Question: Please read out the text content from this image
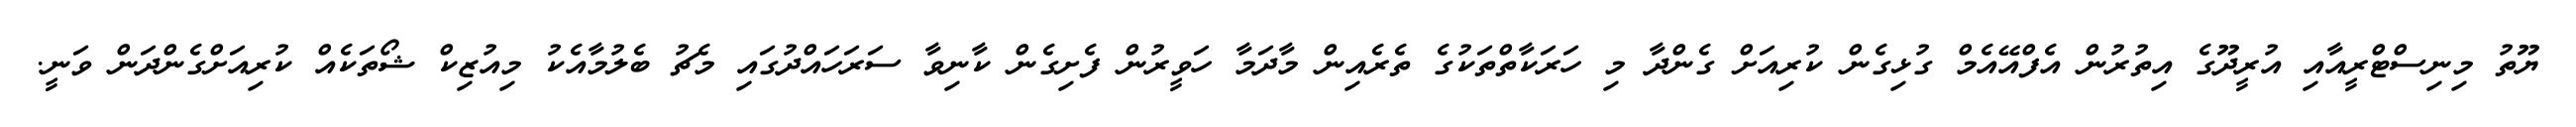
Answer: ޔޫތު މިނިސްޓްރީއާއި އުރީދޫގެ އިތުރުން އެފްއޭއެމް ގުޅިގެން ކުރިއަށް ގެންދާ މި ހަރަކާތްތަކުގެ ތެރެއިން މާދަމާ ހަވީރުން ފެށިގެން ކާނިވާ ސަރަހައްދުގައި މެޗު ބެލުމާއެކު މިއުޒިކް ޝޯތަކެއް ކުރިއަށްގެންދަން ވަނީ.